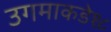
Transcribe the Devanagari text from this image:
उगमाकडे१८